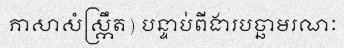
ភាសាសំស្ក្រឹត) បន្ទាប់ពីងារបច្ឆាមរណៈ